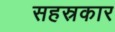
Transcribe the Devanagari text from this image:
सहस्रकार